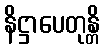
နိဋ္ဌာပေတုန္တိ